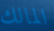
المالك